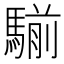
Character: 騚